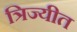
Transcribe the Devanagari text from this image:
त्रिज्यीत